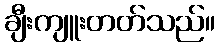
ချီးကျူးတတ်သည်။